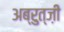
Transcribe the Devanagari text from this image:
अब्रुत्ज़ी